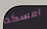
امسكه